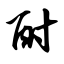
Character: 酎